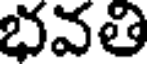
భవతి